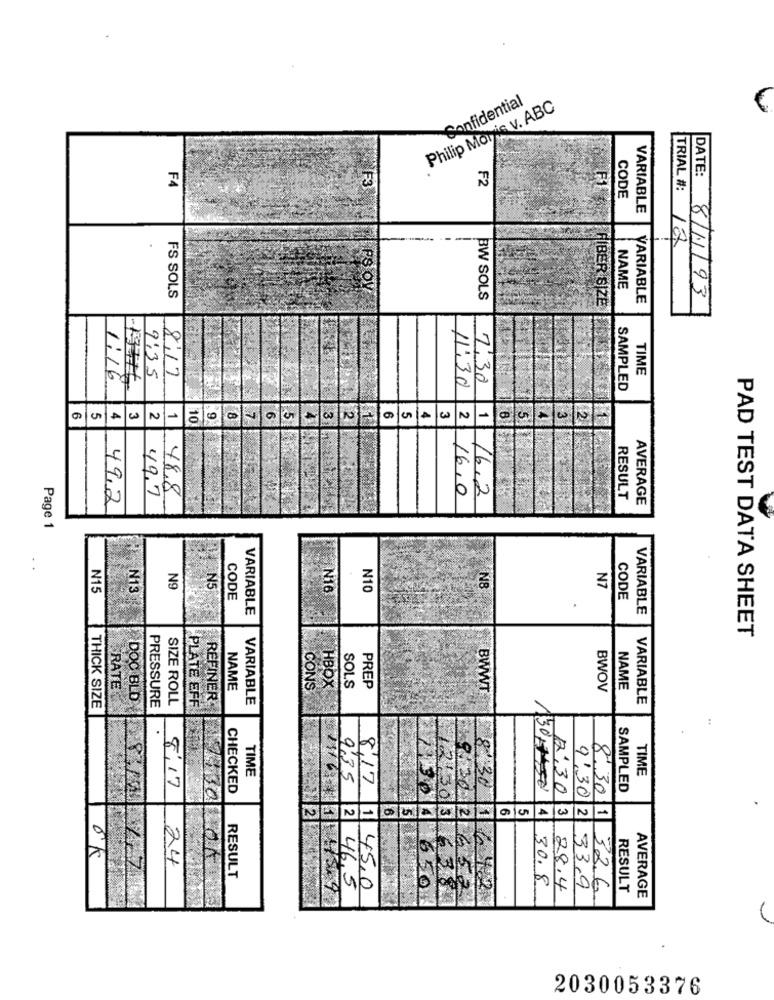
Confidential
Philip Morris V. ABC
F4
F2
CODE
DATE:
VARIABLE
TRIAL #: 188
NAME
FS SOLS
PS OV
BW SOLS
FIBER SIZE
VARIABLE
8/11/93
9:35
8:17
TIME
1:16
7:30
11:30
SAMPLED
6
5
4
2
1
10
9
7
6
3
LAWN
3
2
1
49.7
48,8
16,0
16.2
49,2
RESULT
AVERAGE
Page 1
N15
N9
N5
N16
N10
N8
N7
N13
CODE
CODE
VARIABLE
VARIABLE
PAD TEST DATA SHEET
HBOX
RATE
NAME
CONS
SOLS
PREP
BWWT
BWOV
NAME
DOC BLD
PRESSURE
SIZE ROLL
PLATE EFF
REFINER:
VARIABLE
THICK SIZE
VARIABLE
:
TIME
TIME
9,35
8.17
8:17
CHECKED
130750
12:30
SAMPLED
6
6
5
3
2
1
8301
ok
24
RESULT
46,5
45,0
17 501 650
9.30-12 652
4 30.8
28.4
9:30 2 33,9
RESULT
8.30 1 32.6.
AVERAGE
2030053376